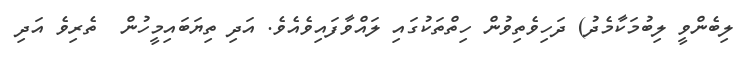
ލިބެންވީ ލިބުމަކާމެދު) ދަހިވެތިވުން ހިތްތަކުގައި ލައްވާފައިވެއެވެ. އަދި ތިޔަބައިމީހުން  ތެރިވެ އަދި